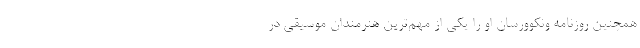
همچنین روزنامه ونکوورسان او را یکی از مهم‌ترین هنرمندان موسیقی در